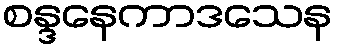
စန္ဒနေကာဒသေန